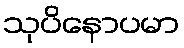
သုပိနောပမာ